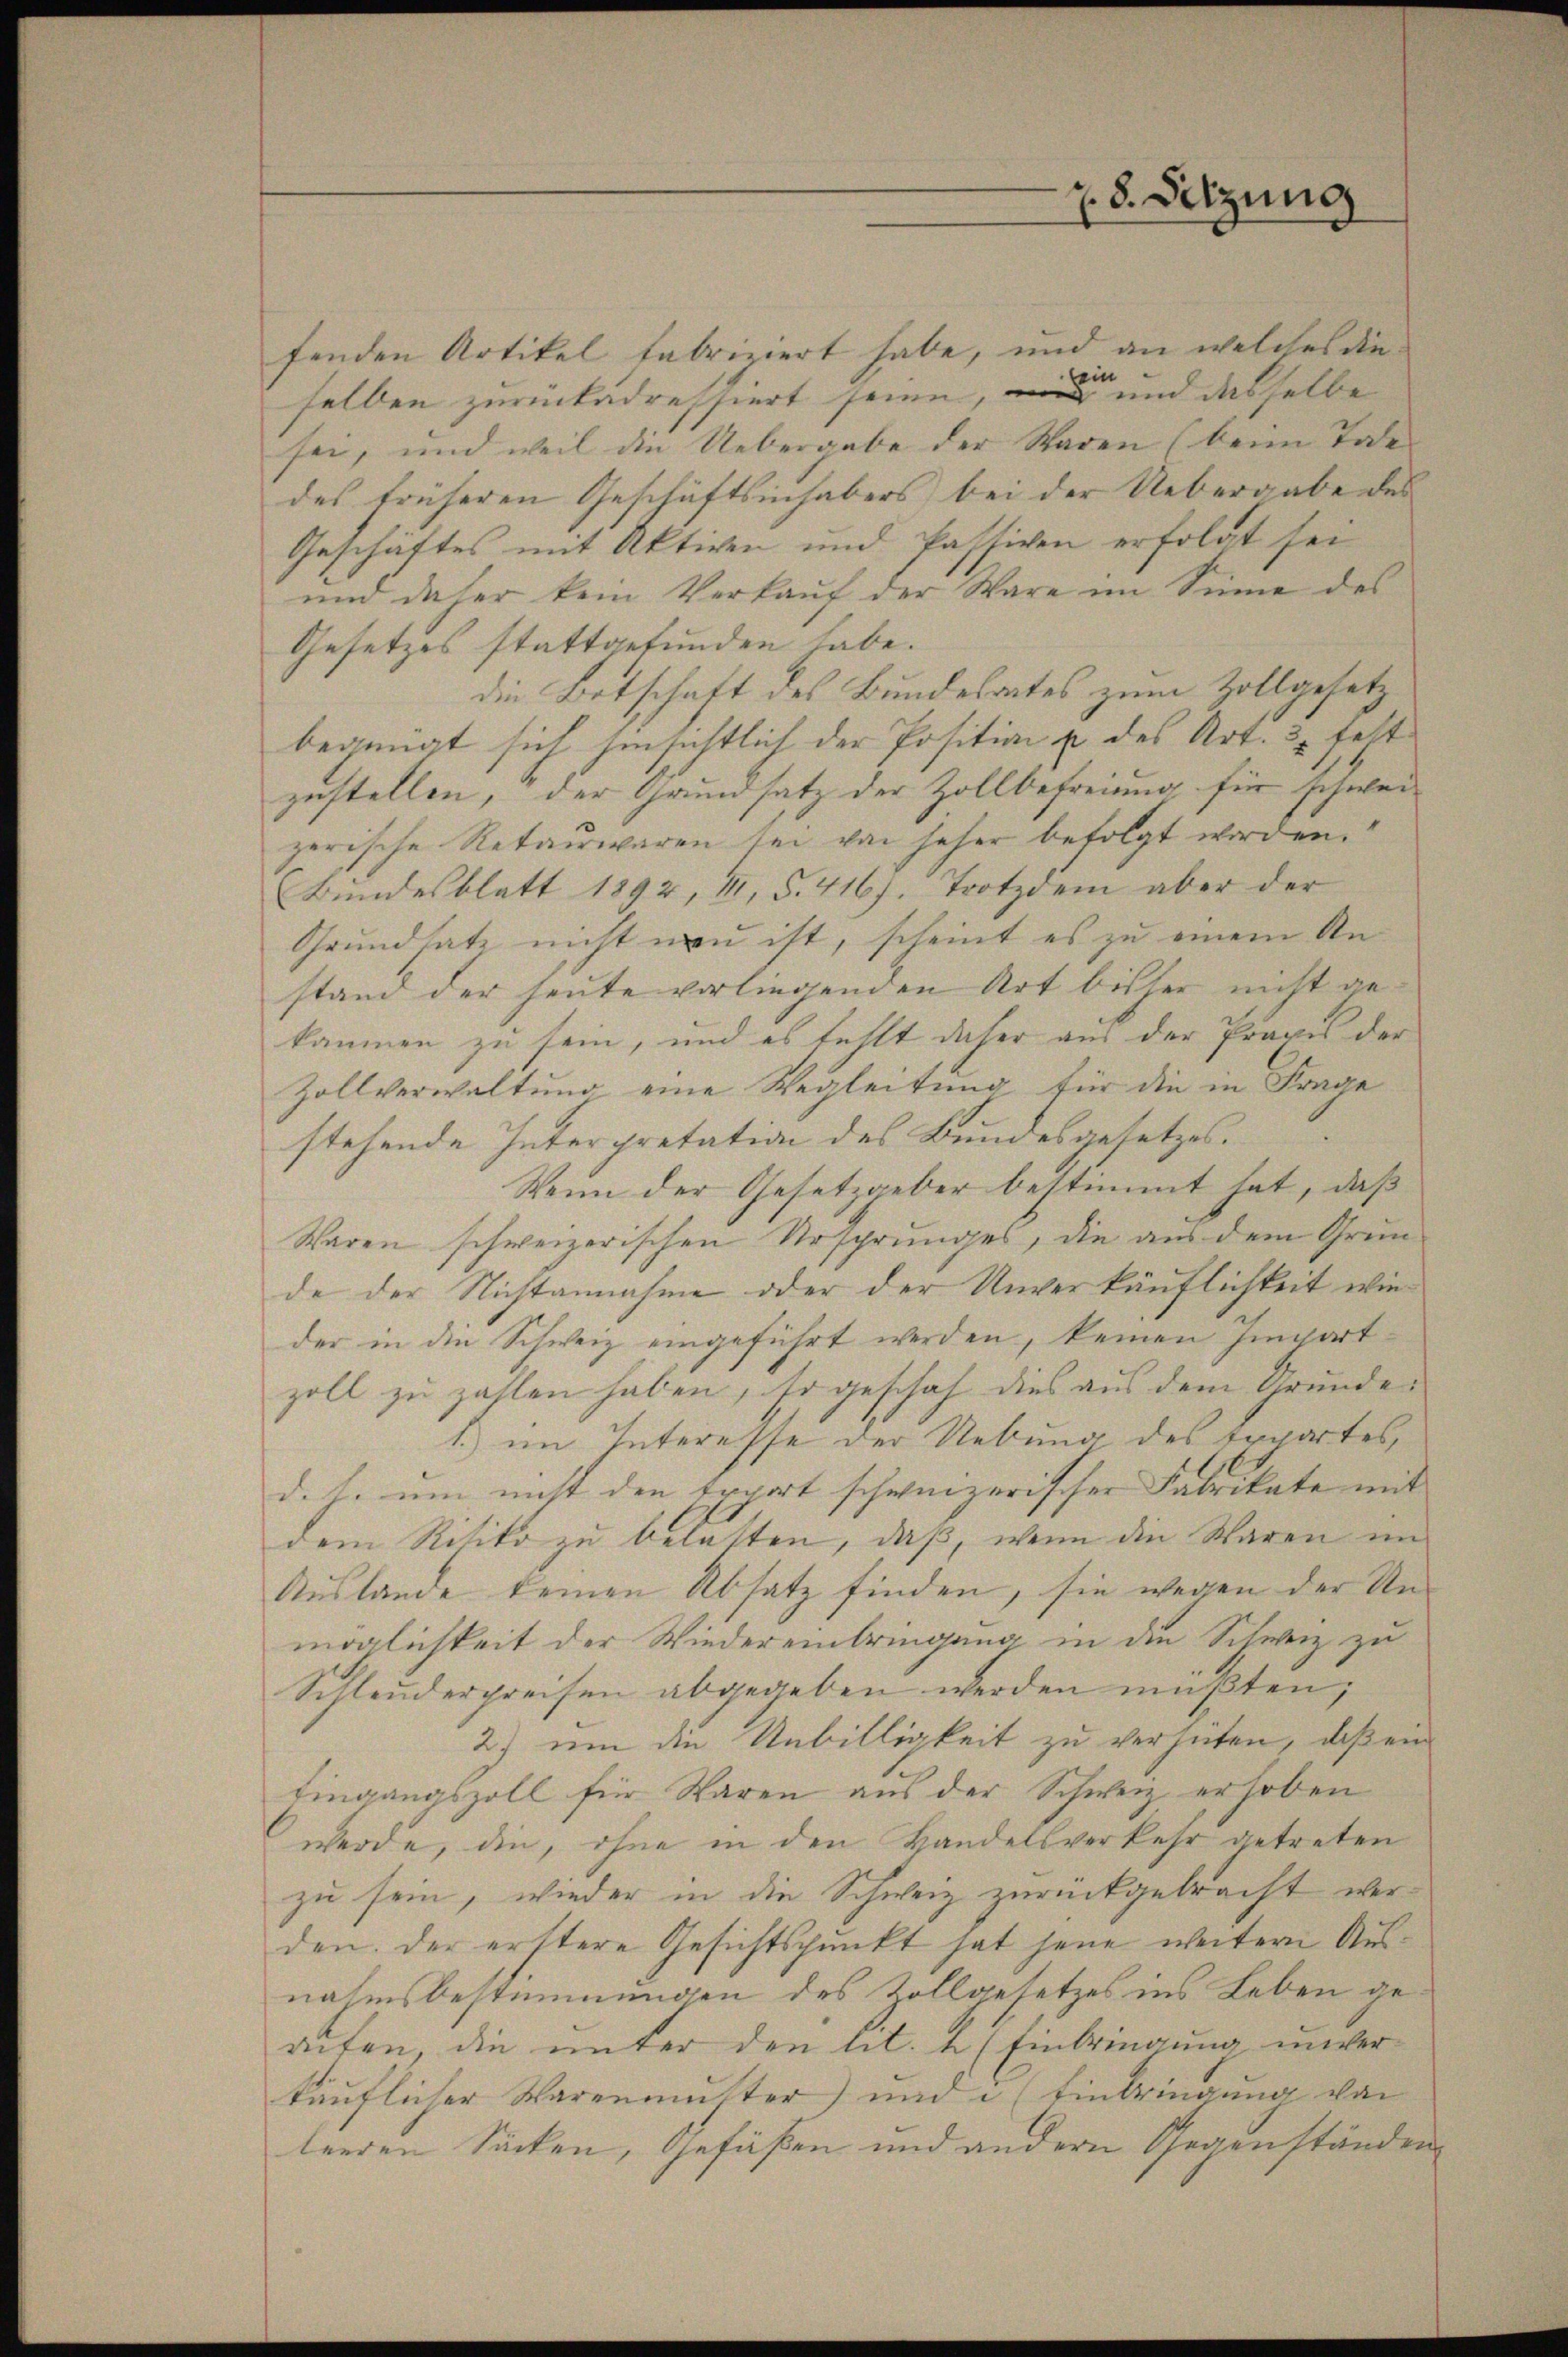
fenden Artikel fabriziert habe, und an welches die
e
ei
selben zurückadressiert seien, und und desselbe
sei, und weil die Uebergabe der Staden (beim Tode
des früheren Geschäftsinhabers bei der Uebergabe des
Geschäftes mit Aktiven und Passiven erfolgt sei
und daher kein Verkauf der Ware im Sinne des
Gesetzes stattgefunden habe.
die Botschaft des Bundesrates zum Zollgesetz
begnügt sich hinsichtlich der Position u des Art. 3 felt
zustellen, der Grundsatz der Zollbefreiung für schwei
zerische Retairwaren sei von seher befolgt worden.
(Bundesblatt 1892, 41, §. 416). Trotzdem aber der
Grundsatz nicht neu ist, scheint es zu einem Anstand der heute vorliegenden Art bisher nicht gekommen zu sein, und es fehlt daher aus der Praxis der
Zollverwaltung eine Wegleitung für die in Frage
stehende Interpretation des Bundesgesetzes.
Wenn der Gesetzgeber bestimmt hat, daß
Waren schweizerischen Ursprunges, die aus dem Grunde der Nichtannahme oder der Unverkäuflichkeit wieder in die Schweiz eingeführt werden, keinen Impartzoll zu zahlen haben, so geschah dies aus dem Grunde
1.) im Interesse der Uebung des Exportes,
d. h. um nicht den Export schwinizerischer Fabrikate mit
dem Risiko zu belatten, daß, wenn die Waren im
Auslande keinen Absatz finden, sie wegen der Unmöglichkeit der Wiedereinbringung in den Schweiz zu
Schleuderpreisen abgegeben werden müßten;
2) um die Unbilligkeit zu verhüten, daß ein
Eingangszoll für Waren aus der Schweiz erhoben
werde, die, ohne in den Bandelsverkehr getreten
zu sein, wieder in die Schweiz zurückgebracht werden. Der erstere Gesichtspunkt hat jene weitern Ausnahmsbestimmungen des Zollgesetzes ins Leben geaifen, die unter den lit. 2 (Einbringung unverkäuflicher Warenmutter und (Einbringung von
leeren Säcken, Gefäßen und andern Gegenständen

8. Setzung